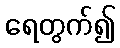
ရေတွက်၍